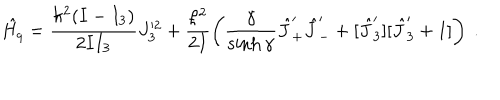
\hat { H _ { q } } = \frac { \hbar ^ { 2 } ( I - I _ { 3 } ) } { 2 I I _ { 3 } } J _ { 3 } ^ { \prime 2 } + \frac { \hbar ^ { 2 } } { 2 I } \left( \frac { \gamma } { \sinh \gamma } \hat { J } _ { + } ^ { \prime } \hat { J } _ { - } ^ { \prime } + [ \hat { J } _ { 3 } ^ { \prime } ] [ \hat { J } _ { 3 } ^ { \prime } + 1 ] \right) ~ .